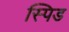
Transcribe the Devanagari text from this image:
स्पिड